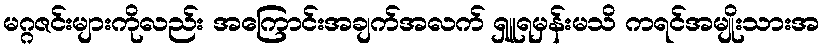
မဂ္ဂဇင်းများကိုလည်း အကြောင်းအချက်အလက် ရှူရမှန်းမသိ ကရင်အမျိုးသားအ